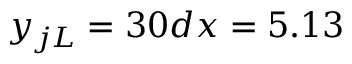
y _ { j L } = 3 0 d x = 5 . 1 3